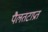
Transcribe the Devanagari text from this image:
पैलतटाप्रत